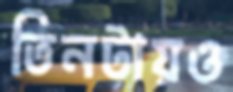
তিনটায়ও